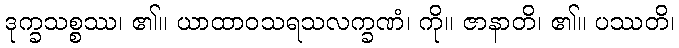
ဒုက္ခသစ္စဿ၊ ၏။ ယာထာဝသရသလက္ခဏံ၊ ကို။ ဇာနာတိ၊ ၏။ ပဿတိ၊